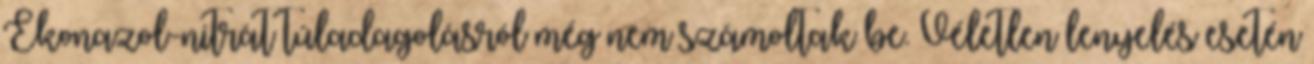
Ekonazol-nitrát túladagolásról még nem számoltak be. Véletlen lenyelés esetén